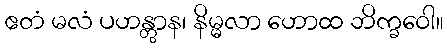
ဧတံ မလံ ပဟန္တွာန၊ နိမ္မလာ ဟောထ ဘိက္ခဝေါ။